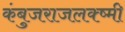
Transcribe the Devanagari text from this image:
कंबुजराजलक्ष्मी